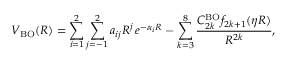
V _ { \mathrm { B O } } ( R ) = \sum _ { i = 1 } ^ { 2 } \sum _ { j = - 1 } ^ { 2 } a _ { i j } R ^ { j } \, e ^ { - \alpha _ { i } R } - \sum _ { k = 3 } ^ { 8 } \frac { C _ { 2 k } ^ { \mathrm { B O } } f _ { 2 k + 1 } ( \eta R ) } { R ^ { 2 k } } ,